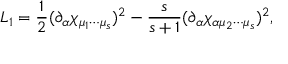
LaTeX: { \cal L } _ { 1 } = \frac { 1 } { 2 } ( \partial _ { \alpha } \chi _ { \mu _ { 1 } \cdots \mu _ { s } } ) ^ { 2 } - \frac { s } { s + 1 } ( \partial _ { \alpha } \chi _ { \alpha \mu _ { 2 } \cdots \mu _ { s } } ) ^ { 2 } ,